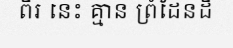
ពីរ នេះ គ្មាន ព្រំដែនដី